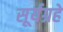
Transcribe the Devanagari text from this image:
सूर्यग्रहे